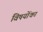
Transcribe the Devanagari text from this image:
विषयोंका